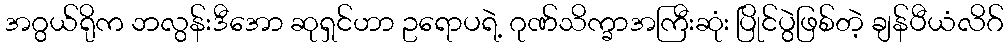
အဂွယ်ရိုက ဘလွန်းဒီအော ဆုရှင်ဟာ ဥရောပရဲ့ ဂုဏ်သိက္ခာအကြီးဆုံး ပြိုင်ပွဲဖြစ်တဲ့ ချန်ပီယံလိဂ်